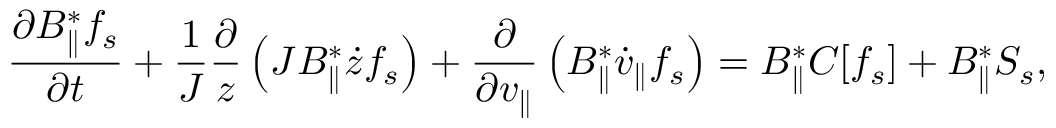
\frac { \partial B _ { \parallel } ^ { * } f _ { s } } { \partial t } + \frac { 1 } { J } \frac { \partial } { z } \left( J B _ { \parallel } ^ { * } \dot { z } f _ { s } \right) + \frac { \partial } { \partial v _ { \parallel } } \left( B _ { \parallel } ^ { * } \dot { v } _ { \parallel } f _ { s } \right) = B _ { \parallel } ^ { * } C [ f _ { s } ] + B _ { \parallel } ^ { * } S _ { s } ,